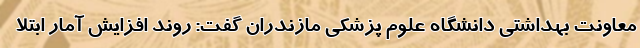
معاونت بهداشتی دانشگاه علوم پزشکی مازندران گفت: روند افزایش آمار ابتلا